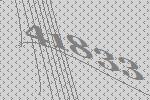
41833